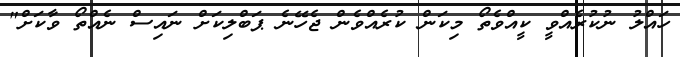
ހައްލު ނުކުރެއްވީ ކީއްވެތޯ މިކަން ކުރެއްވެން ޖެހޭނެ ޕަބްލިކަށް ނައިސް ނެއްތޯ ވާކަށް"